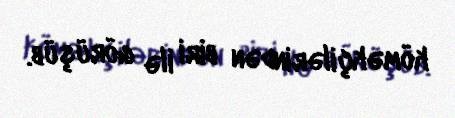
köməkçilərindən biri ilə görüşüb.